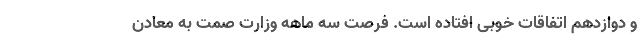
و دوازدهم اتفاقات خوبی افتاده است. فرصت سه ماهه وزارت صمت به معادن